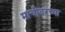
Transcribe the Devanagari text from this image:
माचीवरच्या